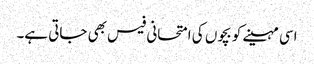
اسی مہینے کو بچوں کی امتحانی فیس بھی جاتی ہے۔